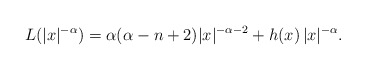
\begin{align*}L(|x|^{-\alpha}) = \alpha(\alpha - n + 2)|x|^{-\alpha-2} + h(x)\,|x|^{-\alpha}.\end{align*}